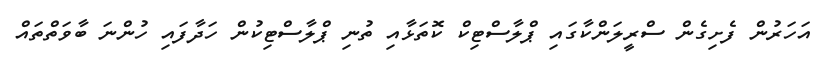
އަހަރުން ފެށިގެން ސްރީލަންކާގައި ޕްލާސްޓިކް ކޮތަޅާއި ތުނި ޕްލާސްޓިކުން ހަދާފައި ހުންނަ ބާވަތްތައް